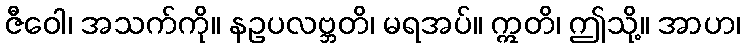
ဇီဝေါ၊ အသက်ကို။ နဥပလဗ္ဘတိ၊ မရအပ်။ ဣတိ၊ ဤသို့။ အာဟ၊